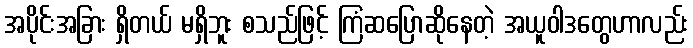
အပိုင်းအခြား ရှိတယ် မရှိဘူး စသည်ဖြင့် ကြံဆပြောဆိုနေတဲ့ အယူဝါဒတွေဟာလည်း